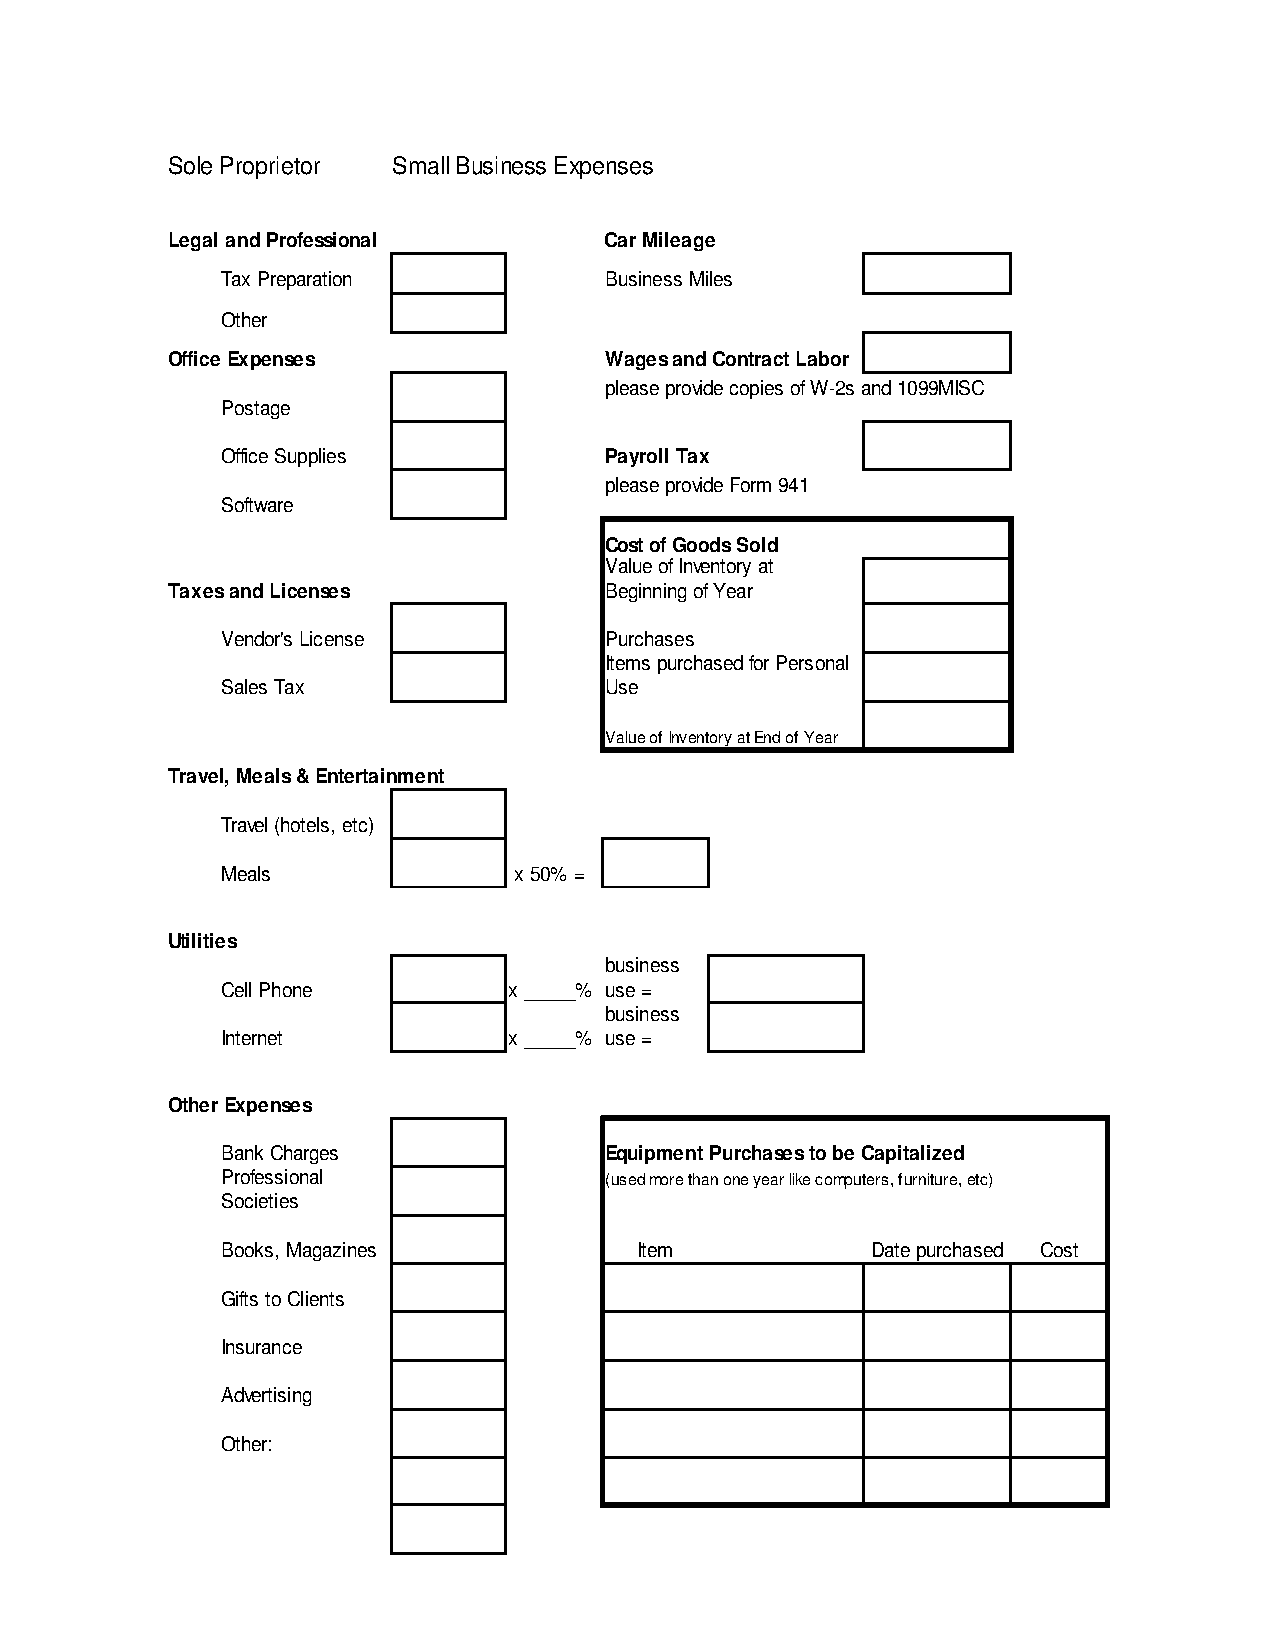
Sole Proprietor Small Business Expenses
 Legal and Professional       Car Mileage
 Tax Preparation          Business Miles
 Other
 Office Expenses              Wages and Contract Labor
 please provide copies of W-2s and 1099MISC
 Postage
 Office Supplies          Payroll Tax
 please provide Form 941
 Software
 Cost of Goods Sold
 Value of Inventory at
 Taxes and Licenses           Beginning of Year
 Vendor's License         Purchases
 Items purchased for Personal
 Sales Tax                Use
 Value of Inventory at End of Year
 Travel, Meals & Entertainment
 Travel (hotels, etc)
 Meals              x 50% =
 Utilities
 business
 Cell Phone         x _____% use =
 business
 Internet           x _____% use =
 Other Expenses
 Bank Charges             Equipment Purchases to be Capitalized
 Professional             (used more than one year like computers, furniture, etc)
 Societies
 Books, Magazines           Item            Date purchased Cost
 Gifts to Clients
 Insurance
 Advertising
 Other: